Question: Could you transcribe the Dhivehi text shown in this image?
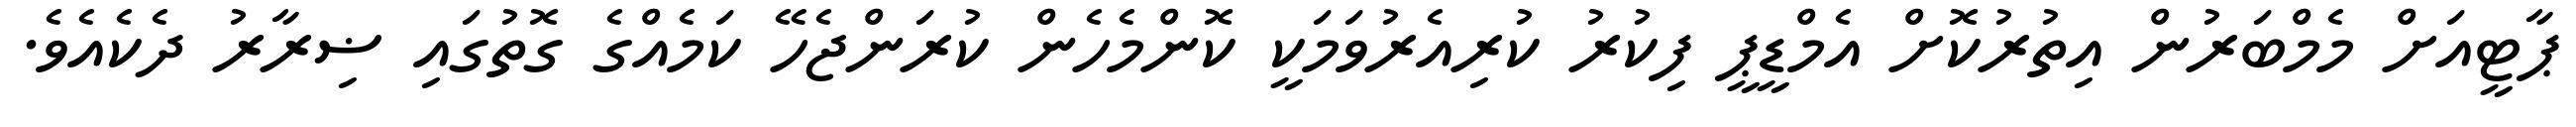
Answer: ޕާޓީއަށް މެމްބަރުން އިތުރުކޮށް އެމްޑީޕީ ފިކުރު ކުރިއެރުވަމަކީ ކޮންމެހެން ކުރަންޖެހޭ ކަމެއްގެ ގޮތުގައި ޟިރާރު ދެކެއެވެ.